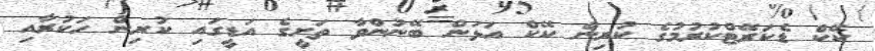
ކޭކް ޑެކަރޭޓްކުރުމުގެ ކުރިން ކޭކް އަޅަން ބޭނުންވާ ތަށީގެ އަޑީގައި ކުރިން ހަކުރާއި